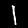
Digit: 1